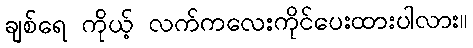
ချစ်ရေ ကိုယ့် လက်ကလေးကိုင်ပေးထားပါလား။